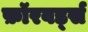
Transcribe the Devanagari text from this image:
फ़ॉरवर्ड्स